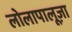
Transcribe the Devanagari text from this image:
लोलापालूज़ा